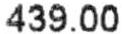
439.00